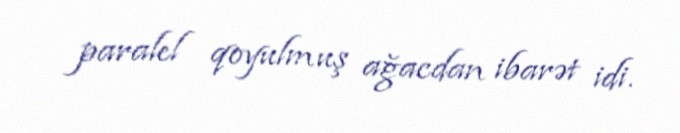
paralel qoyulmuş ağacdan ibarət idi.